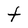
Character: t